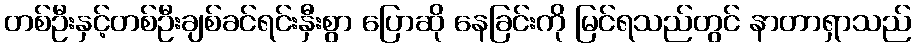
တစ်ဦးနှင့်တစ်ဦးချစ်ခင်ရင်းနှီးစွာ ပြောဆို နေခြင်းကို မြင်ရသည်တွင် နာတာရှာသည်